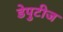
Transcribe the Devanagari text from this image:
डेपुटीज